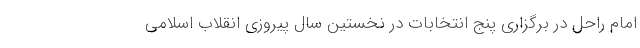
امام راحل در برگزاری پنج انتخابات در نخستین سال پیروزی انقلاب اسلامی